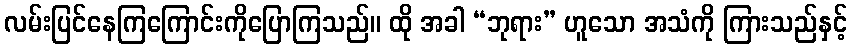
လမ်းပြင်နေကြကြောင်းကိုပြောကြသည်။ ထို အခါ “ဘုရား” ဟူသော အသံကို ကြားသည်နှင့်